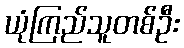
ယုံကြည်သူတစ်ဦး